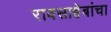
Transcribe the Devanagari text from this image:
रावसाहेबांचा